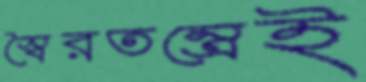
স্বৈরতন্ত্রেই